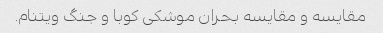
مقایسه و مقایسه بحران موشکی کوبا و جنگ ویتنام.